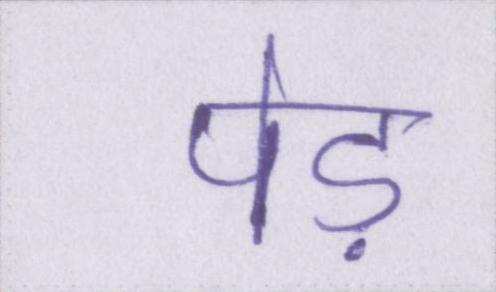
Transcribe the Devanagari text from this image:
पेड़